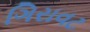
ગિરાવટ